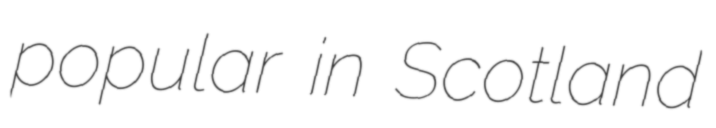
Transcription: popular in Scotland